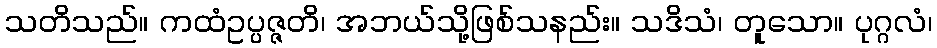
သတိသည်။ ကထံဥပ္ပဇ္ဇတိ၊ အဘယ်သို့ဖြစ်သနည်း။ သဒိသံ၊ တူသော။ ပုဂ္ဂလံ၊